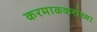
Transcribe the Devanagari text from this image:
करमाळकरांच्या